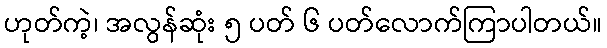
ဟုတ်ကဲ့၊ အလွန်ဆုံး ၅ ပတ် ၆ ပတ်လောက်ကြာပါတယ်။